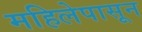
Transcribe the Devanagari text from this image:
महिलेपासून